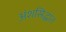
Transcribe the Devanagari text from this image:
अंशसिद्धांत